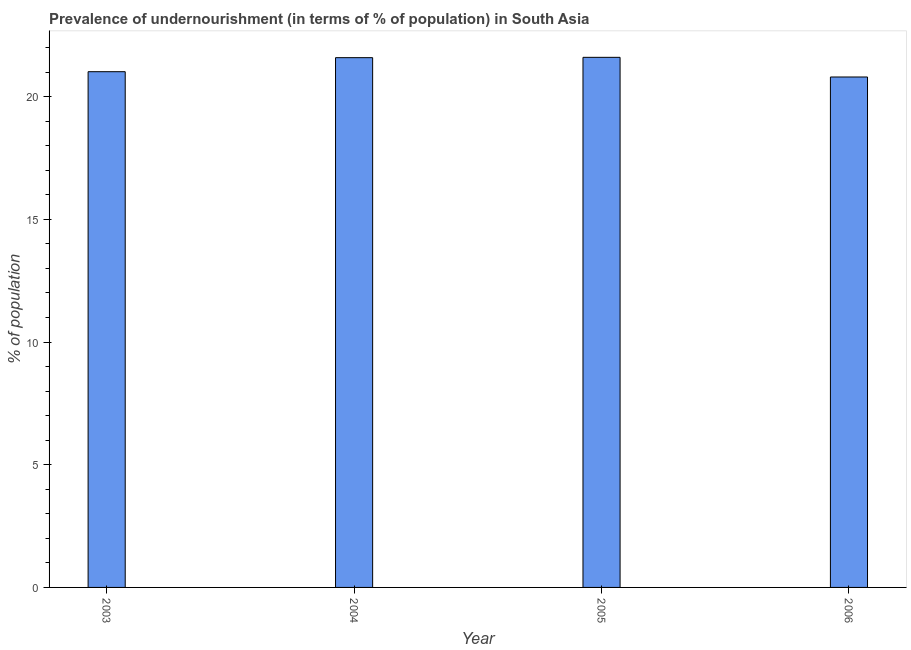
| Year | Prevalence of undernourishment |
 | --- | --- |
 | 2003 | 21 |
 | 2004 | 21.6 |
 | 2005 | 21.6 |
 | 2006 | 20.8 |